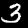
Digit: 3